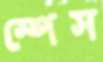
স্পেস